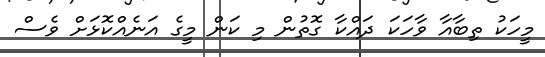
މީހަކު ތިބާއާ ވާހަކަ ދައްކާ ގޮތުން މި ކަން މީގެ އަނެއްކޮޅަށް ވެސް